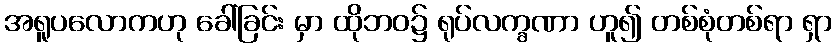
အရူပလောကဟု ခေါ်ခြင်း မှာ ထိုဘဝ၌ ရုပ်လက္ခဏာ ဟူ၍ တစ်စုံတစ်ရာ ရှာ